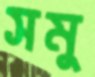
সমু